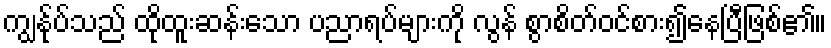
ကျွန်ုပ်သည် ထိုထူးဆန်းသော ပညာရပ်များကို လွန် စွာစိတ်ဝင်စား၍နေပြီဖြစ်၏။